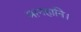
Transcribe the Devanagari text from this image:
मानहानि।